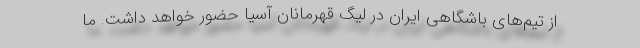
از تیم‌های باشگاهی ایران در لیگ قهرمانان آسیا حضور خواهد داشت. ما